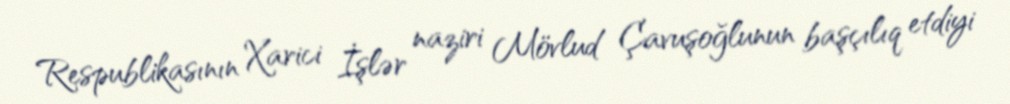
Respublikasının Xarici İşlər naziri Mövlud Çavuşoğlunun başçılıq etdiyi